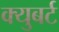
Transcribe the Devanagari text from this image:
क्युबर्ट